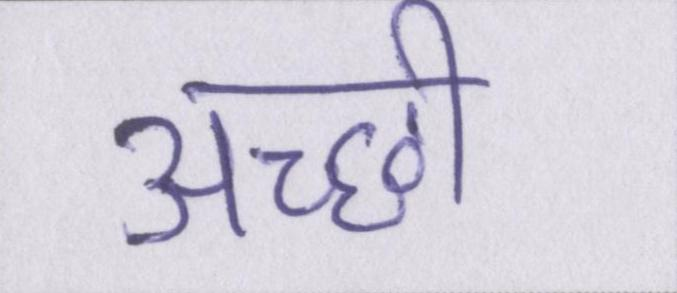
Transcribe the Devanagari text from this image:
अच्छी